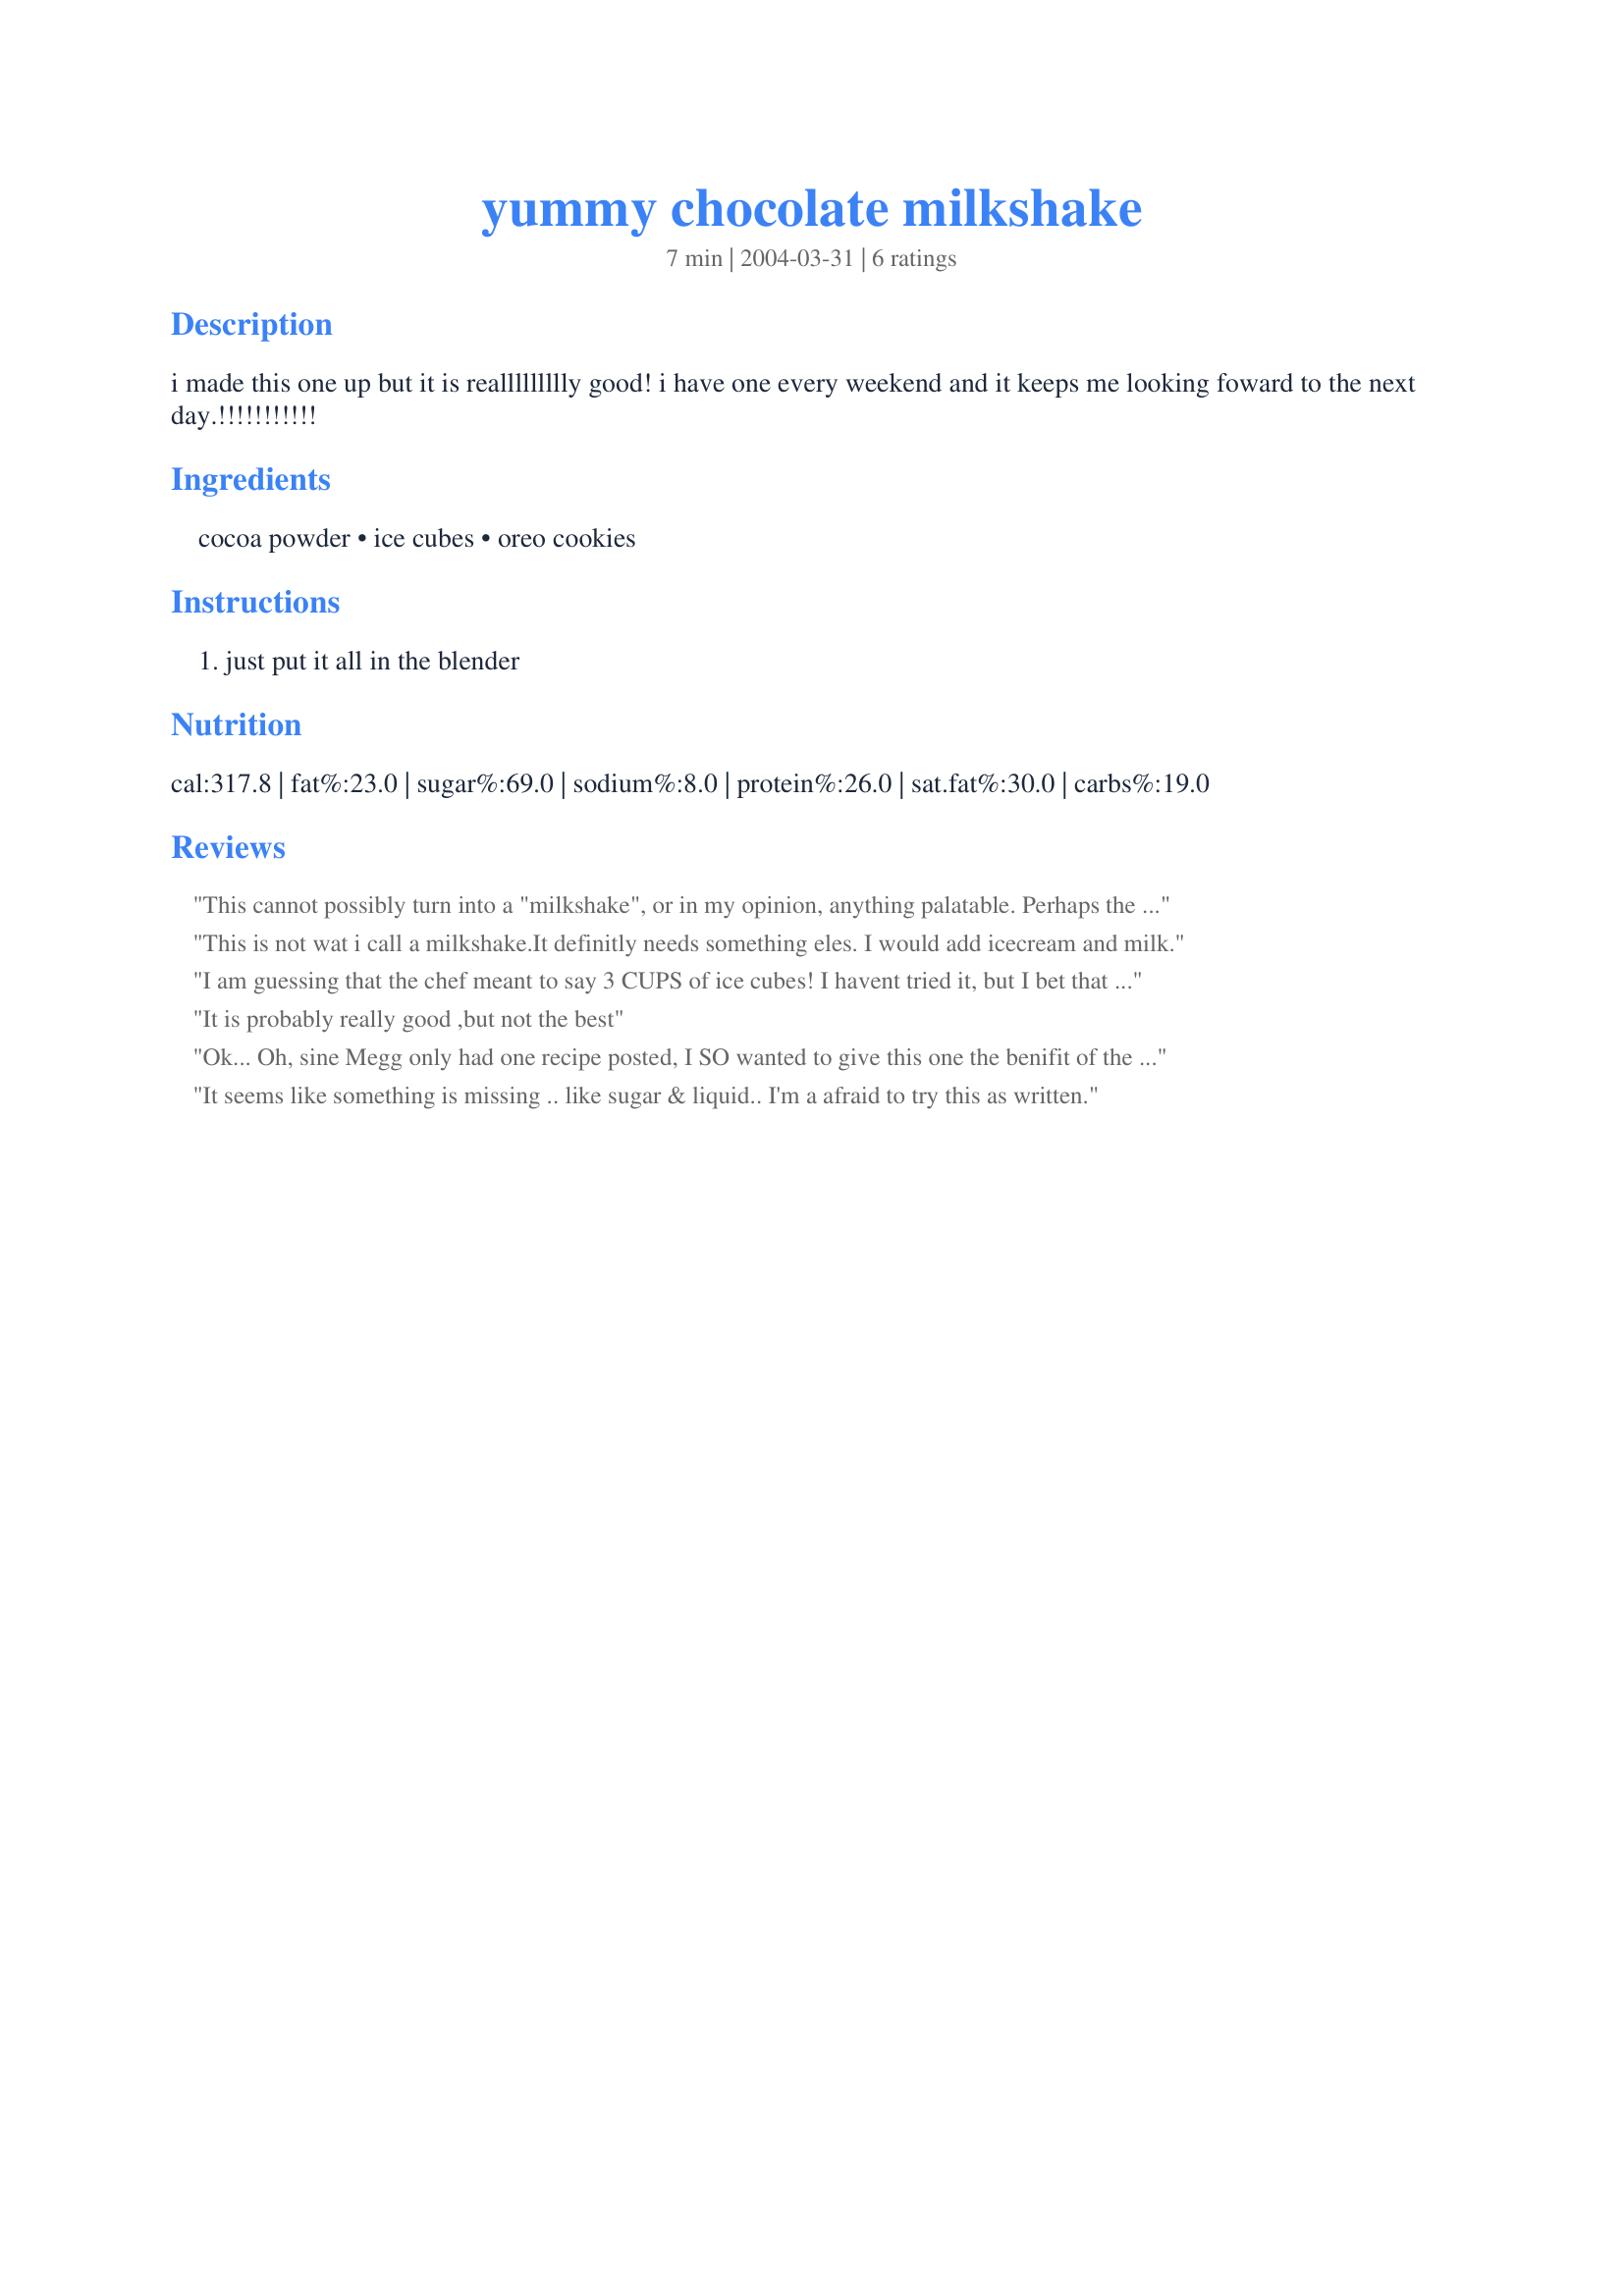
yummy chocolate milkshake
Preparation time: 7 minutes

i made this one up but it is reallllllllly good! i have one every weekend and it keeps me looking foward to the next day.!!!!!!!!!!!

Ingredients:
cocoa powder, ice cubes, oreo cookies

Steps:
just put it all in the blender

Reviews:
This cannot possibly turn into a "milkshake", or in my opinion, anything palatable. Perhaps the author could revise it with all the ingredients. Could be a very good shake but we are missing something here.
This is not wat i call a milkshake.It definitly needs something eles. I would add icecream and milk.
I am guessing that the chef meant to say 3 CUPS of ice cubes!

I havent tried it, but I bet that would make it good. :)
It is probably really good ,but not the best
Ok... Oh, sine Megg only had one recipe posted, I SO wanted to give this one the benifit of the doubt. So I made it to see if the icecubes would melt any way enough to make this work... sadly the result was a little blended mix of icy Oreo cookie crumbs.. (see my photograph) there was a slightly bitter taste to it from the cocoa powder, but determined to make this work I added milk and blended again. First sip was definiately not sweet... but I tried again and the taste grew on me... and grew. If you are looking for a sugar fix then this recipe isn't it, but the chocolate taste is good, especially once you get used to the fact that this is a less sweet milkshake. I topped my amended shake with a a little shaved chocolate. Please see my rating system: I tried to give this the benifit of the doubt, sadly it doesn't work as currently written but it has potential and I would make it again.. with milk :)
It seems like something is missing .. like sugar & liquid.. I'm a afraid to try this as written.
